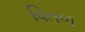
વિતળ